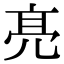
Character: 𠅙